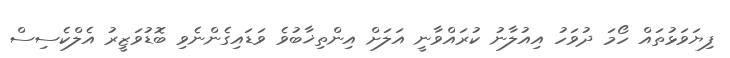
ފިޔަވަޅުތައް ހޯމަ ދުވަހު އިއުލާނު ކުރައްވާނީ އަލަށް އިންތިޚާބުވެ ވަޑައިގެންނެވި ބޮޑުވަޒީރު އެލްކެސިސް